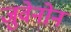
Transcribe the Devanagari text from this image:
जुवेनोन